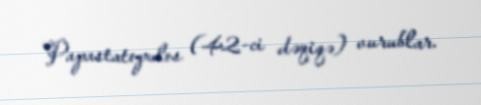
Papastatopulos (42-ci dəqiqə) vurublar.